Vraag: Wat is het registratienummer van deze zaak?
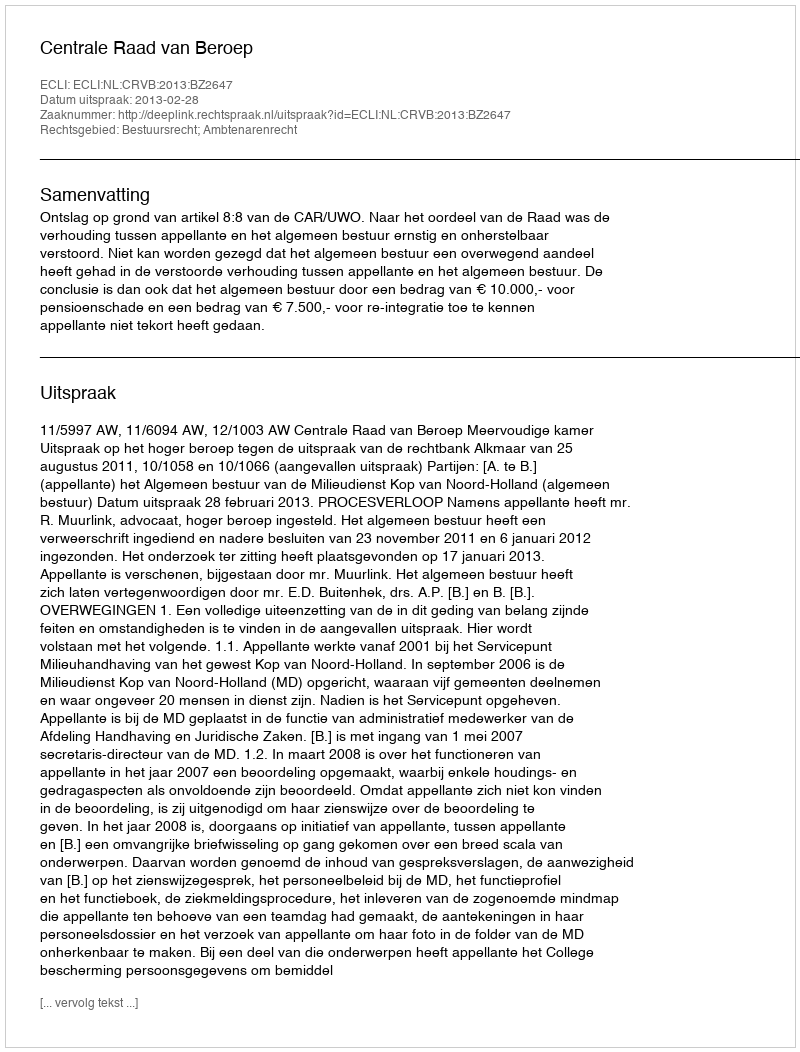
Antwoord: http://deeplink.rechtspraak.nl/uitspraak?id=ECLI:NL:CRVB:2013:BZ2647